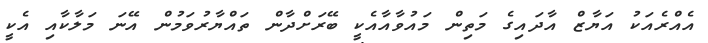
އެއްރެއަކު އަޔާޒް އާދައިގެ މަތިން މައުވާއާއެކީ ބޭރަށްދާން ތައްޔާރުވަމުން އޭނަ މަލާކާއި އެކީ